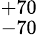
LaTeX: ^{+70}_{-70}